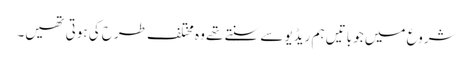
شروع میں جو باتیں ہم ریڈیو سے سنتے تھے وہ مختلف طرح کی ہوتی تھیں۔